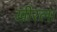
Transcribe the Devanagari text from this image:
खीरला